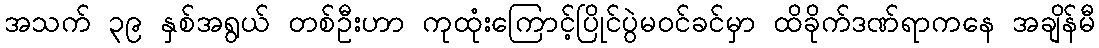
အသက် ၃၉ နှစ်အရွယ် တစ်ဦးဟာ ကုထုံးကြောင့်ပြိုင်ပွဲမဝင်ခင်မှာ ထိခိုက်ဒဏ်ရာကနေ အချိန်မီ